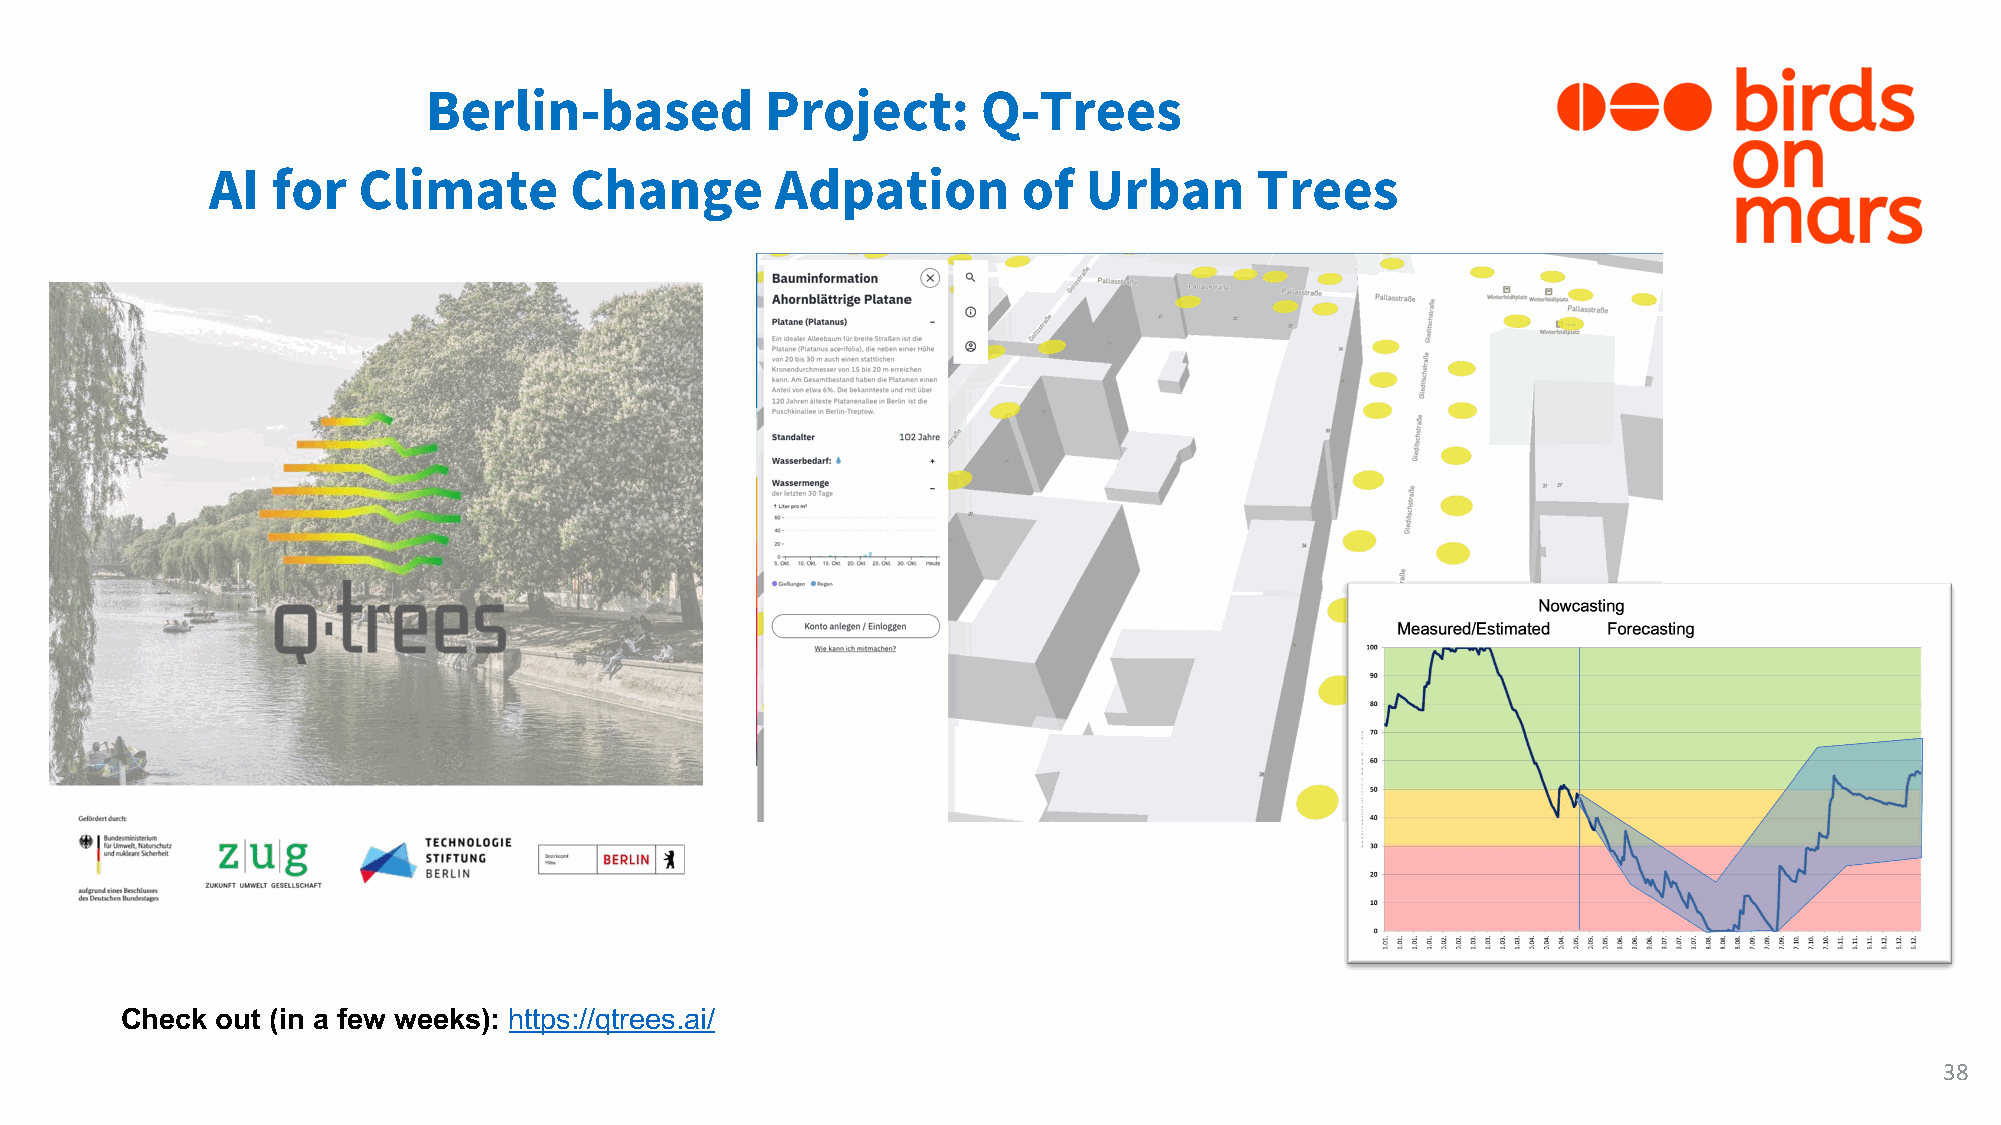
Berlin-based           Project:      Q-Trees
 AI  for   Climate       Change       Adpation         of  Urban      Trees
 Check out (in a few weeks): https://qtrees.ai/
 38